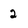
Character: 2